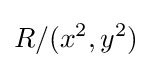
R/(x^{2},y^{2})